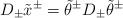
LaTeX: \begin{align*}D_\pm \tilde{x}^\pm=\tilde{\theta}^\pm D_\pm\tilde{\theta}^\pm\end{align*}